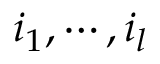
i _ { 1 } , \cdots , i _ { l }